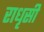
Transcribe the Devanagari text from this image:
राधृसी